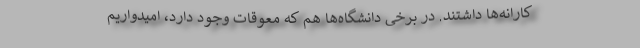
کارانه‌ها داشتند. در برخی دانشگاه‌ها هم که معوقات وجود دارد، امیدواریم